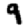
Digit: 9